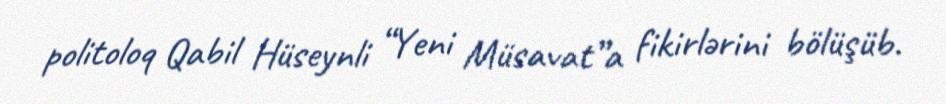
politoloq Qabil Hüseynli “Yeni Müsavat”a fikirlərini bölüşüb.